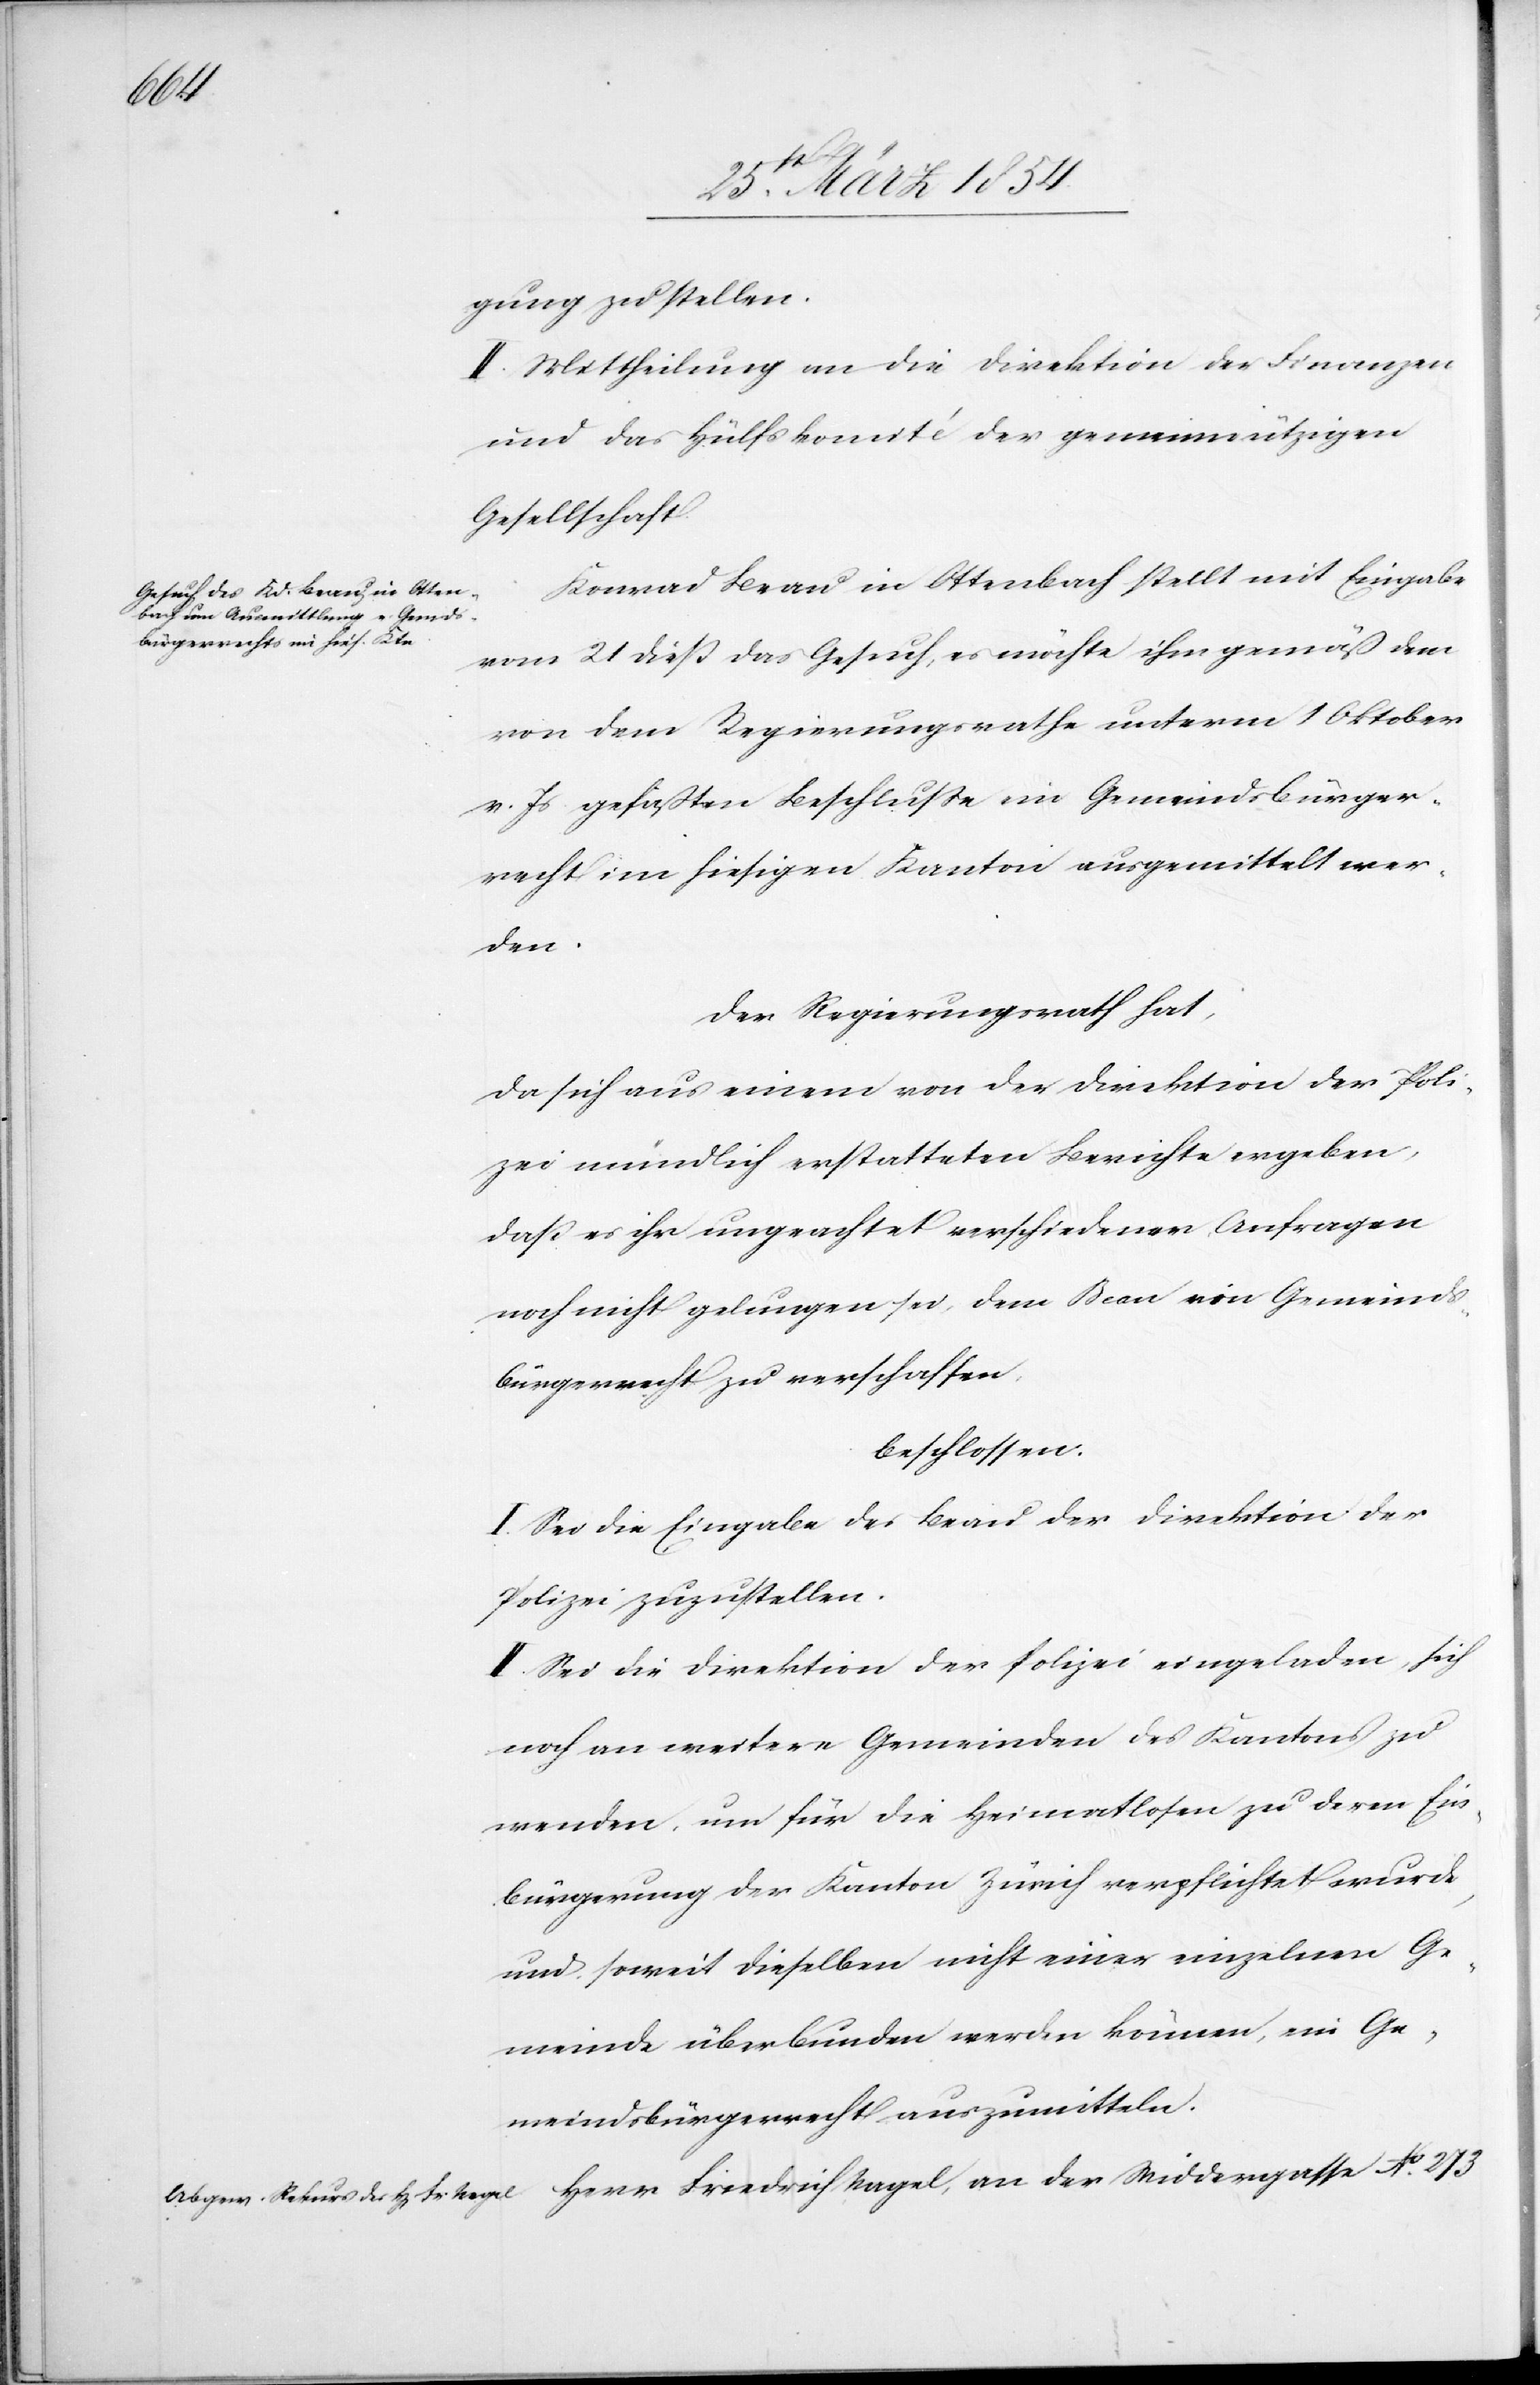
gung zu stellen.
II. Mittheilung an die Direktion der Finanzen
und an das Hülfskomité der gemeinnützigen
Gesellschaft.
Konrad Beau in Ottenbach stellt mit Eingabe
vom 21 dieß das Gesuch, es möchte ihm gemäß dem
von dem Regierungsrathe unterm 1 Oktober
v. Js gefaßten Beschluße ein Gemeindsbürger¬
recht im hiesigen Kanton ausgemittelt wer¬
den.
Der Regierungsrath hat,
da sich aus einem von der Direktion der Poli¬
zei mündlich erstatteten Berichte ergeben,
daß es ihr ungeachtet verschiedener Anfragen
noch nicht gelungen sei, dem Beau ein Gemeinds¬
bürgerrecht zu verschaffen,
beschlossen:
I. Sei die Eingabe des Beau der Direktion der
Polizei zuzustellen.
II. Sei die Direktion der Polizei eingeladen, sich
noch an weitere Gemeinden des Kantons zu
wenden, um für die Heimatlosen zu deren Ein¬
bürgerung der Kanton Zürich verpflichtet wurde,
und soweit dieselben nicht einer einzelnen Ge¬
meinde überbunden werden können, ein Ge¬
meindsbürgerrecht auszumitteln.
Herr Friedrich Nagel, an der Widdergasse No 273